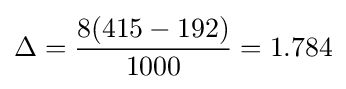
\Delta ={8(415-192) \over 1000}=1.784